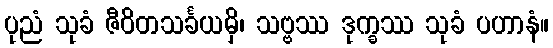
ပုညံ သုခံ ဇီဝိတသင်္ခယမှိ၊ သဗ္ဗဿ ဒုက္ခဿ သုခံ ပဟာနံ။